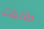
طالبات